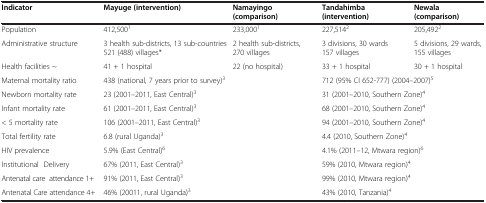
<table><thead><tr><td><b>Indicator</b></td><td><b>Mayuge (intervention)</b></td><td><b>Namayingo (comparison)</b></td><td><b>Tandahimba (intervention)</b></td><td><b>Newala (comparison)</b></td></tr></thead><tbody><tr><td>Population</td><td>412,500<sup>1</sup></td><td>233,000<sup>1</sup></td><td>227,514<sup>2</sup></td><td>205,492<sup>2</sup></td></tr><tr><td>Administrative structure</td><td>3 health sub-districts, 13 sub-countries 521 (488) villages*</td><td>2 health sub-districts, 270 villages</td><td>3 divisions, 30 wards 157 villages</td><td>5 divisions, 29 wards, 155 villages</td></tr><tr><td>Health facilities ~</td><td>41 + 1 hospital</td><td>22 (no hospital)</td><td>33 + 1 hospital</td><td>30 + 1 hospital</td></tr><tr><td>Maternal mortality ratio</td><td colspan="2">438 (national, 7 years prior to survey)<sup>3</sup></td><td colspan="2">712 (95% CI 652-777) (2004–2007)<sup>5</sup></td></tr><tr><td>Newborn mortality rate</td><td colspan="2">23 (2001–2011, East Central)<sup>3</sup></td><td colspan="2">31 (2001–2010, Southern Zone)<sup>4</sup></td></tr><tr><td>Infant mortality rate</td><td colspan="2">61 (2001–2011, East Central)<sup>3</sup></td><td colspan="2">68 (2001–2010, Southern Zone)<sup>4</sup></td></tr><tr><td>&lt; 5 mortality rate</td><td colspan="2">106 (2001–2011, East Central)<sup>3</sup></td><td colspan="2">94 (2001–2010, Southern Zone)<sup>4</sup></td></tr><tr><td>Total fertility rate</td><td colspan="2">6.8 (rural Uganda)<sup>3</sup></td><td colspan="2">4.4 (2010, Southern Zone)<sup>4</sup></td></tr><tr><td>HIV prevalence</td><td colspan="2">5.9% (East Central)<sup>6</sup></td><td colspan="2">4.1% (2011–12, Mtwara region)<sup>6</sup></td></tr><tr><td>Institutional Delivery</td><td colspan="2">67% (2011, East Central)<sup>3</sup></td><td colspan="2">59% (2010, Mtwara region)<sup>4</sup></td></tr><tr><td>Antenatal care attendance 1+</td><td colspan="2">91% (2011, East Central)<sup>3</sup></td><td colspan="2">99% (2010, Mtwara region)<sup>4</sup></td></tr><tr><td>Antenatal Care attendance 4+</td><td colspan="2">46% (20011, rural Uganda)<sup>3</sup></td><td colspan="2">43% (2010, Tanzania)<sup>4</sup></td></tr></tbody></table>